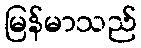
မြန်မာသည်